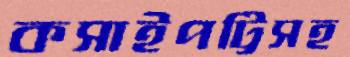
কসাইপট্টিসহ